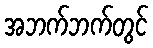
အဘက်ဘက်တွင်